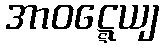
အာဝဋ္ဋေယျ